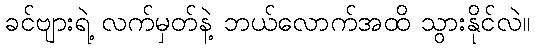
ခင်ဗျားရဲ့ လက်မှတ်နဲ့ ဘယ်လောက်အထိ သွားနိုင်လဲ။